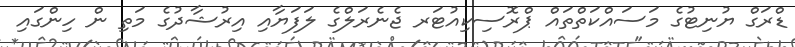
ޑްރަގް ޔުނިޓުގެ މަސައްކަތްތައް ޕްރޮސިކިއުޓަރ ޖެނެރަލްގެ ލަފަޔާއި އިރުޝާދުގެ މަތި ން ހިންގައި